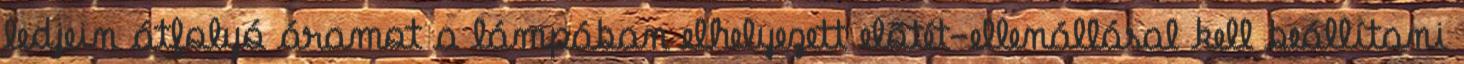
ledjein átfolyó áramot a lámpában elhelyezett elõtét-ellenállásal kell beállítani